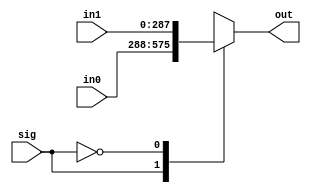
module mux_bias_L7(in0,in1, sig,out);
input [16*18-1:0] in0,in1;
input  sig;
output reg [16*18-1:0]  out;
 
always@(*)
begin
    case(sig)
    1'b1:  out=in0;
    1'b0:  out=in1;
    
    endcase
end
endmodule